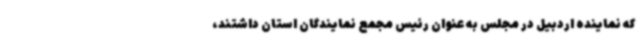
که نماینده اردبیل در مجلس به عنوان رئیس مجمع نمایندگان استان داشتند،